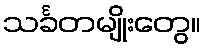
သင်္ခတမျိုးတွေ။